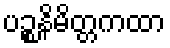
ပဉ္စနိမိတ္တကထာ